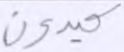
كيدون